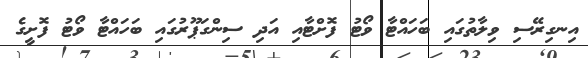
އިނގިރޭސި ވިލާތުގައި ބަހައްޓާ ވޯޓު ފޮށްޓާއި އަދި ސިންގަޕޫރުގައި ބަހައްޓާ ވޯޓު ފޮށީގެ